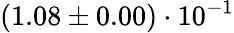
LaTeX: (1.08\pm 0.00)\cdot 10^{-1}